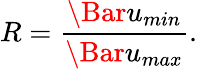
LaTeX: R=\frac{\Bar{u}_{min}}{\Bar{u}_{max}}.